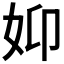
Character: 𮰺